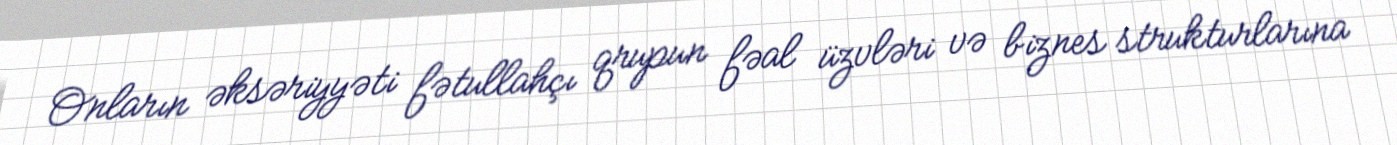
Onların əksəriyyəti fətullahçı qrupun fəal üzvləri və biznes strukturlarına